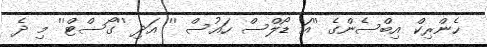
ހެންރިކް އިބްސެންގެ ''އަ ޑޯލްސް ހައުސް '' އަދި ''ގޯސްޓް'' މި ދެ